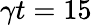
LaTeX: \gamma t=15